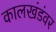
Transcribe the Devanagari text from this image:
कालखंडंवर